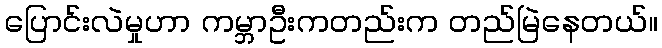
ပြောင်းလဲမှုဟာ ကမ္ဘာဦးကတည်းက တည်မြဲနေတယ်။